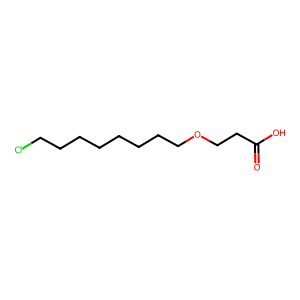
SMILES: O=C(O)CCOCCCCCCCCCl
Inhibits HIV replication: No